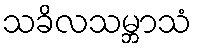
သခိလသမ္ဘာသံ